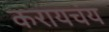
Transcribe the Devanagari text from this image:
करायचंय